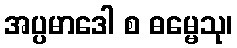
အပ္ပမာဒေါ စ ဓမ္မေသု၊